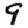
Digit: 9